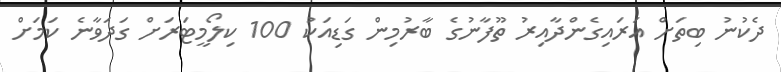
ދެކުނު ބިތަށް އަރައިގެންދާއިރު ތޫފާނުގެ ބާރުމިން ގަޑިއަކު 100 ކިލޯމީޓަރަށް ގަދަވާނެ ކަމަށް